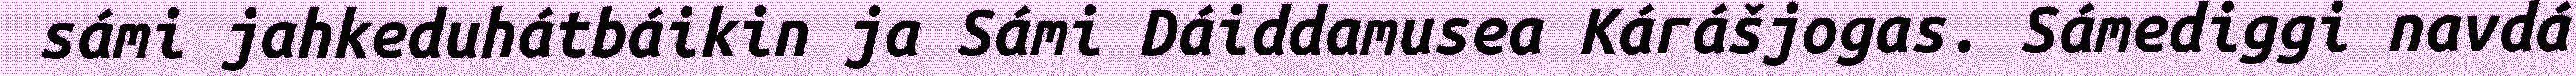
sámi jahkeduhátbáikin ja Sámi Dáiddamusea Kárášjogas. Sámediggi navdá